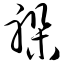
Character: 躲